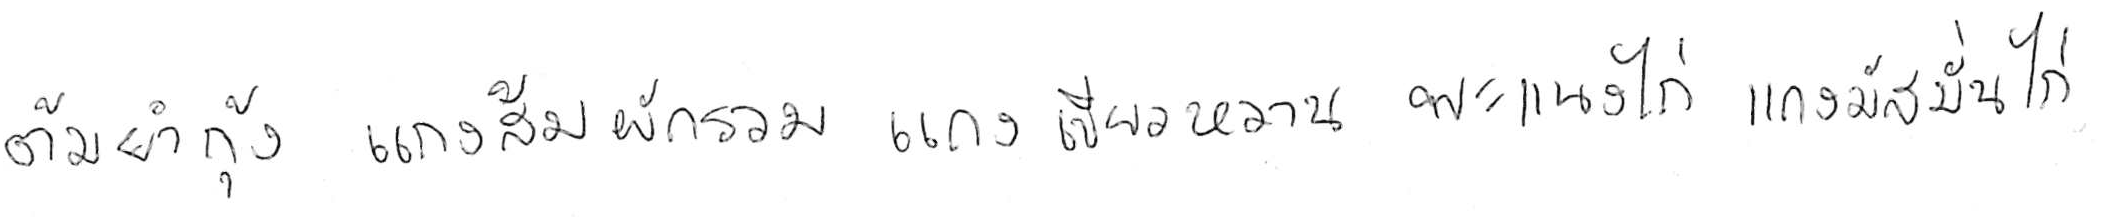
ต้มยำกุ้ง แกงส้มผักรวม แกงเขียวหวาน พะแนงไก่ แกงมัสมั่นไก่